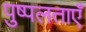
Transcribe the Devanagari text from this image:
पुष्पलताएँ